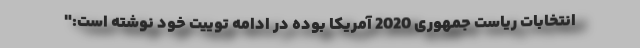
انتخابات ریاست جمهوری 2020 آمریکا بوده در ادامه توییت خود نوشته است:"